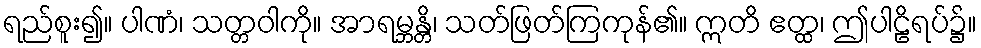
ရည်စူး၍။ ပါဏံ၊ သတ္တဝါကို။ အာရမ္ဘန္တိ၊ သတ်ဖြတ်ကြကုန်၏။ ဣတိ ဧတ္ထ၊ ဤပါဠိရပ်၌။